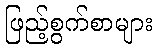
ဖြည့်စွက်စာများ